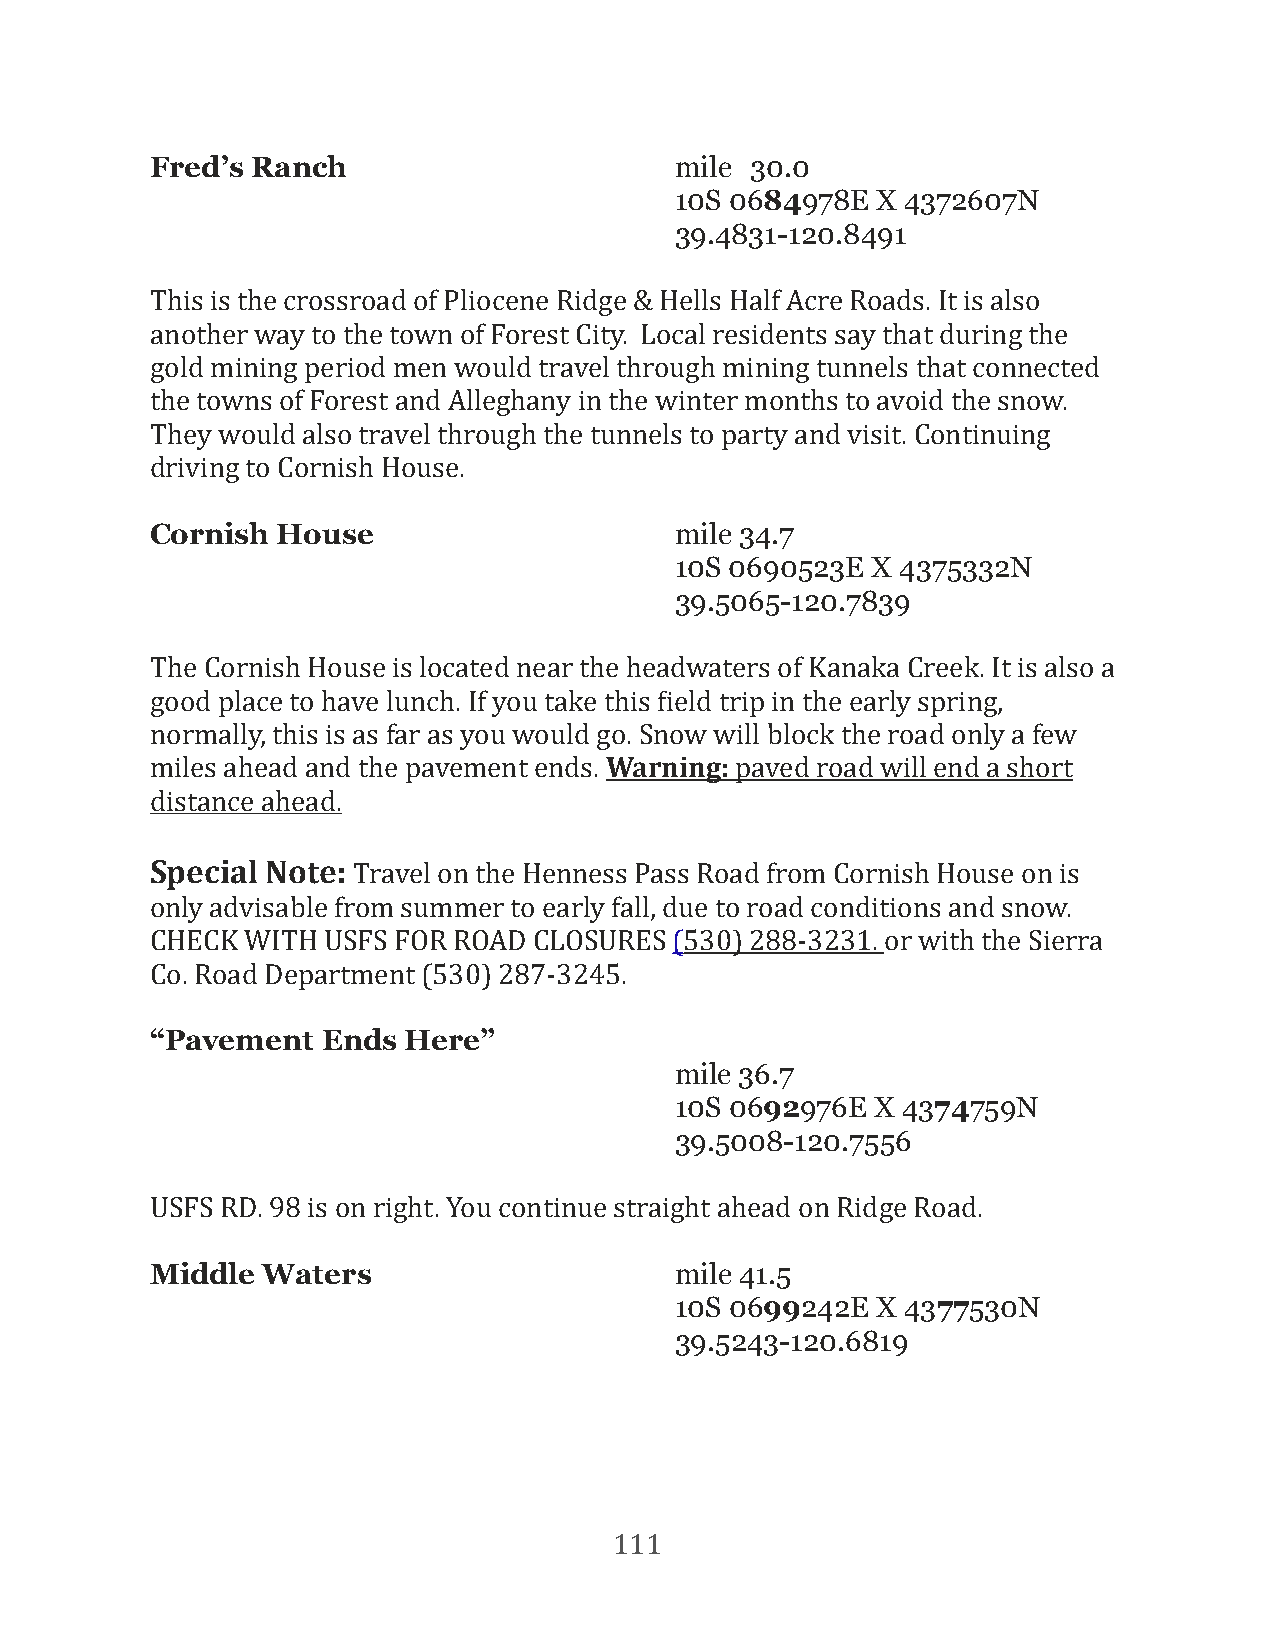
Fred’s Ranch                       mile 30.0
 10S 0684978E X 4372607N
 39.4831-120.8491
 This is the crossroad of Pliocene Ridge & Hells Half Acre Roads. It is also
 another way to the town of Forest City. Local residents say that during the
 gold mining period men would travel through mining tunnels that connected
 the towns of Forest and Alleghany in the winter months to avoid the snow.
 They would also travel through the tunnels to party and visit. Continuing
 driving to Cornish House.
 Cornish House                      mile 34.7
 10S 0690523E X 4375332N
 39.5065-120.7839
 The Cornish House is located near the headwaters of Kanaka Creek. It is also a
 good place to have lunch. If you take this Field trip in the early spring,
 normally, this is as far as you would go. Snow will block the road only a few
 miles ahead and the pavement ends. Warning: paved road will end a short
 distance ahead.
 Special Note: Travel on the Henness Pass Road from Cornish House on is
 only advisable from summer to early fall, due to road conditions and snow.
 CHECK WITH USFS FOR ROAD CLOSURES  (530) 288-3231. or with the Sierra
 Co. Road Department (530) 287-3245.
 “Pavement  Ends  Here”
 mile 36.7
 10S 0692976E X 4374759N
 39.5008-120.7556
 USFS RD. 98 is on right. You continue straight ahead on Ridge Road.
 Middle Waters                      mile 41.5
 10S 0699242E X 4377530N
 39.5243-120.6819
 111